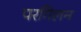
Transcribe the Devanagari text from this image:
परगिलन